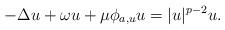
LaTeX: \begin{align*}-\Delta u+\omega u+\mu \phi_{a,u}u=|u|^{p-2}u.\end{align*}